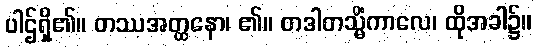
ပါဌ်ရှိ၏။ တဿအတ္ထနော၊ ၏။ တဒါတသ္မိံကာလေ၊ ထိုအခါ၌။